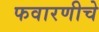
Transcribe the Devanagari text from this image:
फवारणीचे